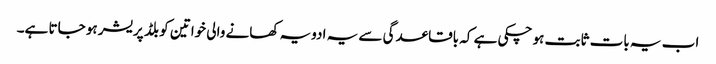
اب یہ بات ثابت ہو چکی ہے کہ باقاعدگی سے یہ ادویہ کھانے والی خواتین کو بلڈ پریشر ہو جاتا ہے۔